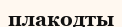
плакодты